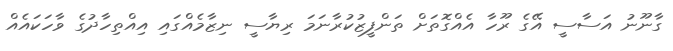
ގާނޫނު އަސާސީ އޭގެ ރޫހާ އެއްގޮތަށް ތަންފީޒުކުރާނަމަ ރިޔާސީ ނިޒާމެއްގައި އިއްތިހާދުގެ ވާހަކައެއް